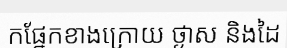
កផ្នែកខាងក្រោយ ថ្ងាស និងដៃ